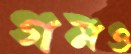
গমও